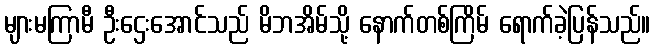
များမကြာမီ ဦးဌေးအောင်သည် မိဘအိမ်သို့ နောက်တစ်ကြိမ် ရောက်ခဲ့ပြန်သည်။